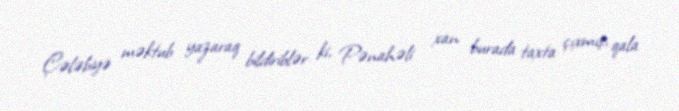
Çələbiyə məktub yazaraq bildiriblər ki, Pənahəli xan burada taxta çıxmış, qala